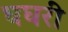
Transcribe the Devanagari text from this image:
घघरी